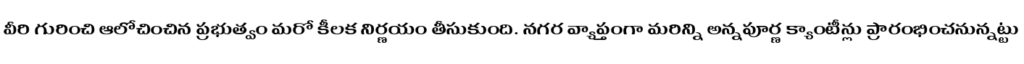
వీరి గురించి ఆలోచించిన ప్రభుత్వం మరో కీలక నిర్ణయం తీసుకుంది. నగర వ్యాప్తంగా మరిన్ని అన్నపూర్ణ క్యాంటీన్లు ప్రారంభించనున్నట్టు